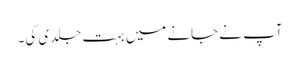
آپ نے جانے میں بہت جلدی کی۔